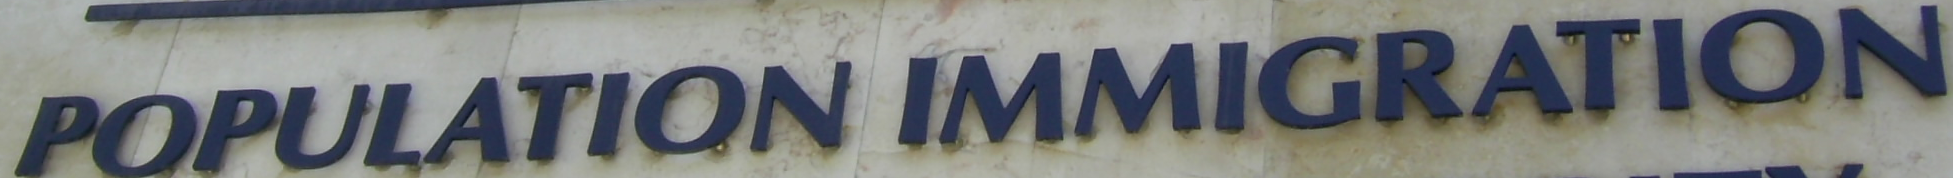
POPULATION IMMIGRATION